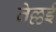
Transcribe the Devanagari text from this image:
तेल्लई